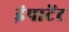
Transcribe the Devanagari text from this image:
इंपाटेंट